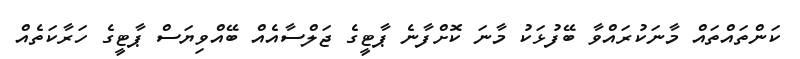
ކަންތައްތައް މާނަކުރައްވާ ބޭފުޅަކު މާނަ ކޮށްފާނެ ޕާޓީގެ ޖަލްސާއެއް ބޭއްވިޔަސް ޕާޓީގެ ހަރާކަތެއް